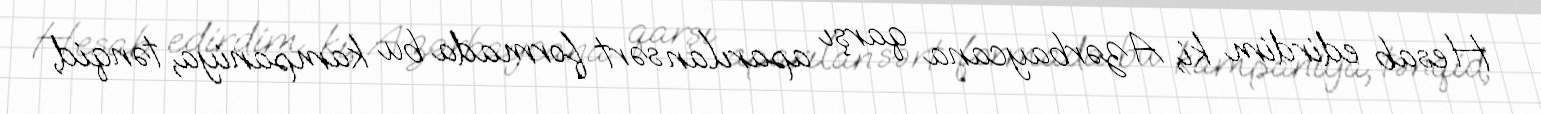
Hesab edirdim ki, Azərbaycana qarşı aparılan sərt formada bu kampaniya, tənqid,